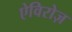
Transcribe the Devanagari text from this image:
ऐविरोज़